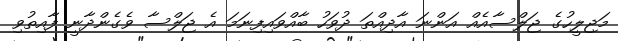
މަޖިލީހުގެ ޖަލްސާއެއް އަންނަ އާދިއްތަ ދުވަހު ބާއްވައިފިނަމަ އެ ޖަލްސާ ވެގެންދާނީ ފާއިތުވި